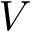
V